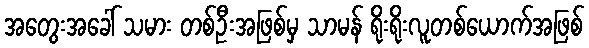
အတွေးအခေါ် သမား တစ်ဦးအဖြစ်မှ သာမန် ရိုးရိုးလူတစ်ယောက်အဖြစ်